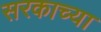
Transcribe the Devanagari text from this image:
सरकाच्या